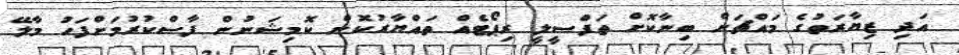
އަދި ޒިޔާރަތުގެ މައްޗަށް ބިނާކޮށް ތަފްސީލީ ރިޕޯޓެއް ތައްޔާރުކޮށް ކޮމިޝަނުން ފާސްކުރުމަށްފަހު މާލޭ